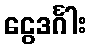
ငွေဒင်္ဂါး